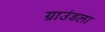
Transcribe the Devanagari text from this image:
ग्राउंडला